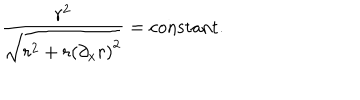
\frac { r ^ { 2 } } { \sqrt { r ^ { 2 } + r \left( { { \partial } _ { x } r } \right) ^ { 2 } } } = { \mathrm { c o n s t a n t } } .